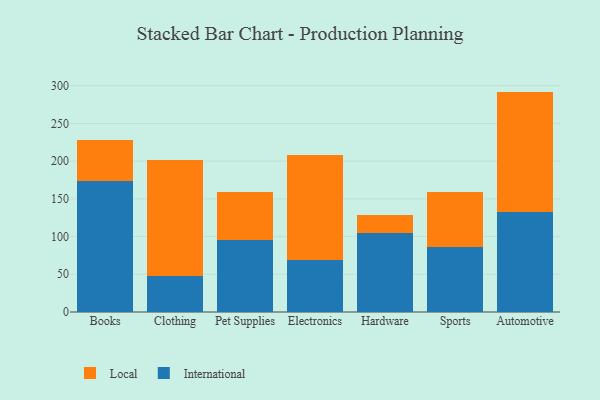
{"axis": {"x": "Category", "y": "Backlog"}, "legend": ["International", "Local"], "data": [{"x": "Books", "y": 173.7, "type": "International"}, {"x": "Books", "y": 54.1, "type": "Local"}, {"x": "Clothing", "y": 48.0, "type": "International"}, {"x": "Clothing", "y": 153.9, "type": "Local"}, {"x": "Pet Supplies", "y": 96.0, "type": "International"}, {"x": "Pet Supplies", "y": 63.1, "type": "Local"}, {"x": "Electronics", "y": 69.1, "type": "International"}, {"x": "Electronics", "y": 139.2, "type": "Local"}, {"x": "Hardware", "y": 104.4, "type": "International"}, {"x": "Hardware", "y": 24.3, "type": "Local"}, {"x": "Sports", "y": 85.7, "type": "International"}, {"x": "Sports", "y": 72.8, "type": "Local"}, {"x": "Automotive", "y": 132.1, "type": "International"}, {"x": "Automotive", "y": 160.1, "type": "Local"}]}